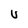
Character: U